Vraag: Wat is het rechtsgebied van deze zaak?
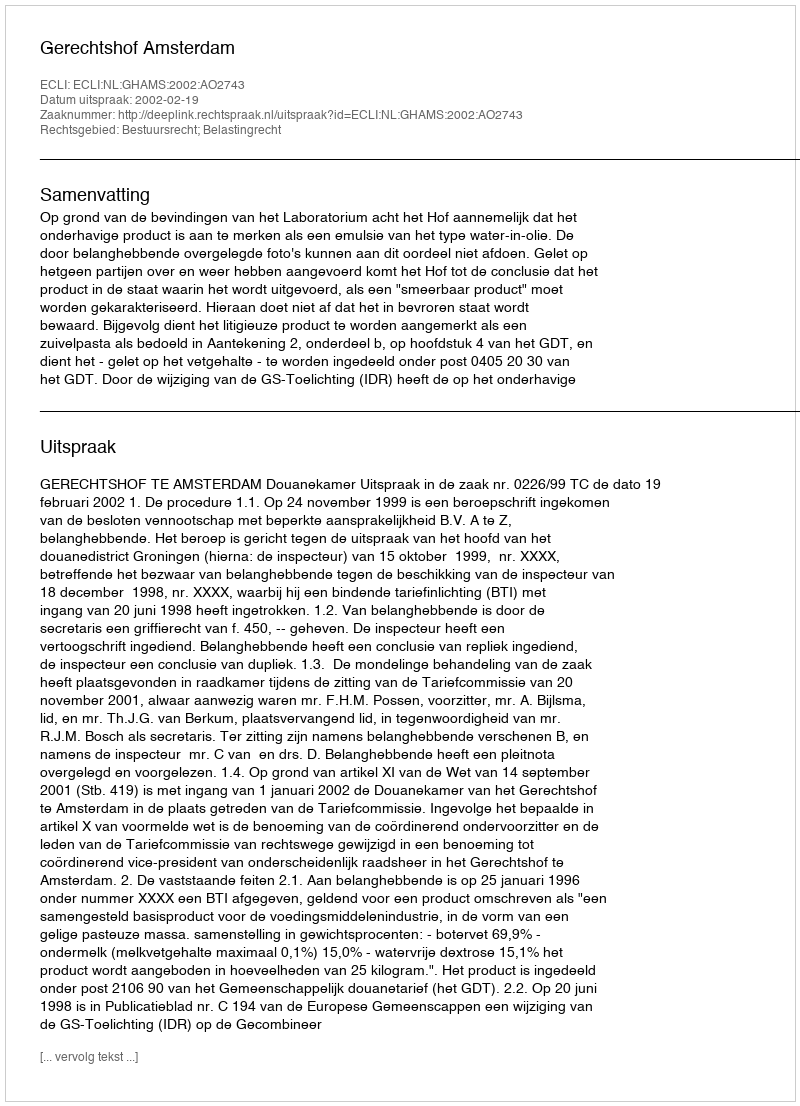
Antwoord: Bestuursrecht; Belastingrecht